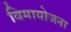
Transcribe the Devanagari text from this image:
विमायोजना